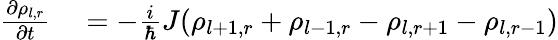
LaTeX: \begin{array}{rl}{\frac{\partial\rho_{l,r}}{\partial t}}&{{}=-\frac{i}{\hbar}J(\rho_{l+1,r}+\rho_{l-1,r}-\rho_{l,r+1}-\rho_{l,r-1})}\end{array}